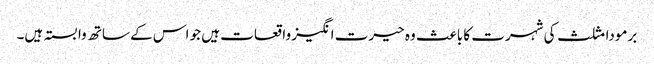
برمودا مثلث کی شہرت کا باعث وہ حیرت انگیز واقعات ہیں جو اس کے ساتھ وابستہ ہیں۔